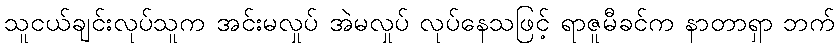
သူငယ်ချင်းလုပ်သူက အင်းမလှုပ် အဲမလှုပ် လုပ်နေသဖြင့် ရာဇူမီခင်က နာတာရှာ ဘက်